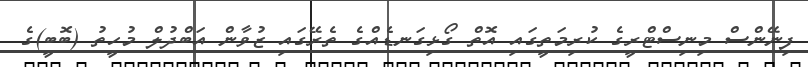
ފިނޭންސް މިނިސްޓްރީގެ ކުރިމަތީގައި އޮތް ގޯޅިގަނޑެއްގެ ތެރޭގައި ޒުވާން އަބްދުލް މުހީތު (ބޮބީ)ގެ